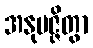
အနုမဇ္ဇိတွာ